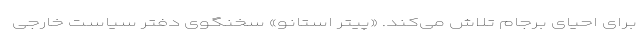
برای احیای برجام تلاش می‌کند. «پیتر استانو» سخنگوی دفتر سیاست خارجی